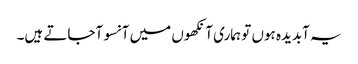
یہ آبدیدہ ہوں تو ہماری آنکھوں میں آنسو آجاتے ہیں۔